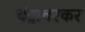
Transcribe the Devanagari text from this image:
चंद्रावरकर